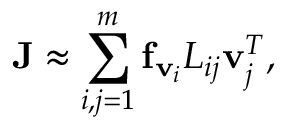
{ \displaystyle { \bf J } \approx \sum _ { i , j = 1 } ^ { m } { \bf f } _ { { \bf v } _ { i } } L _ { i j } { \bf v } _ { j } ^ { T } } ,